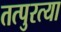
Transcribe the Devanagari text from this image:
तत्पुरत्या